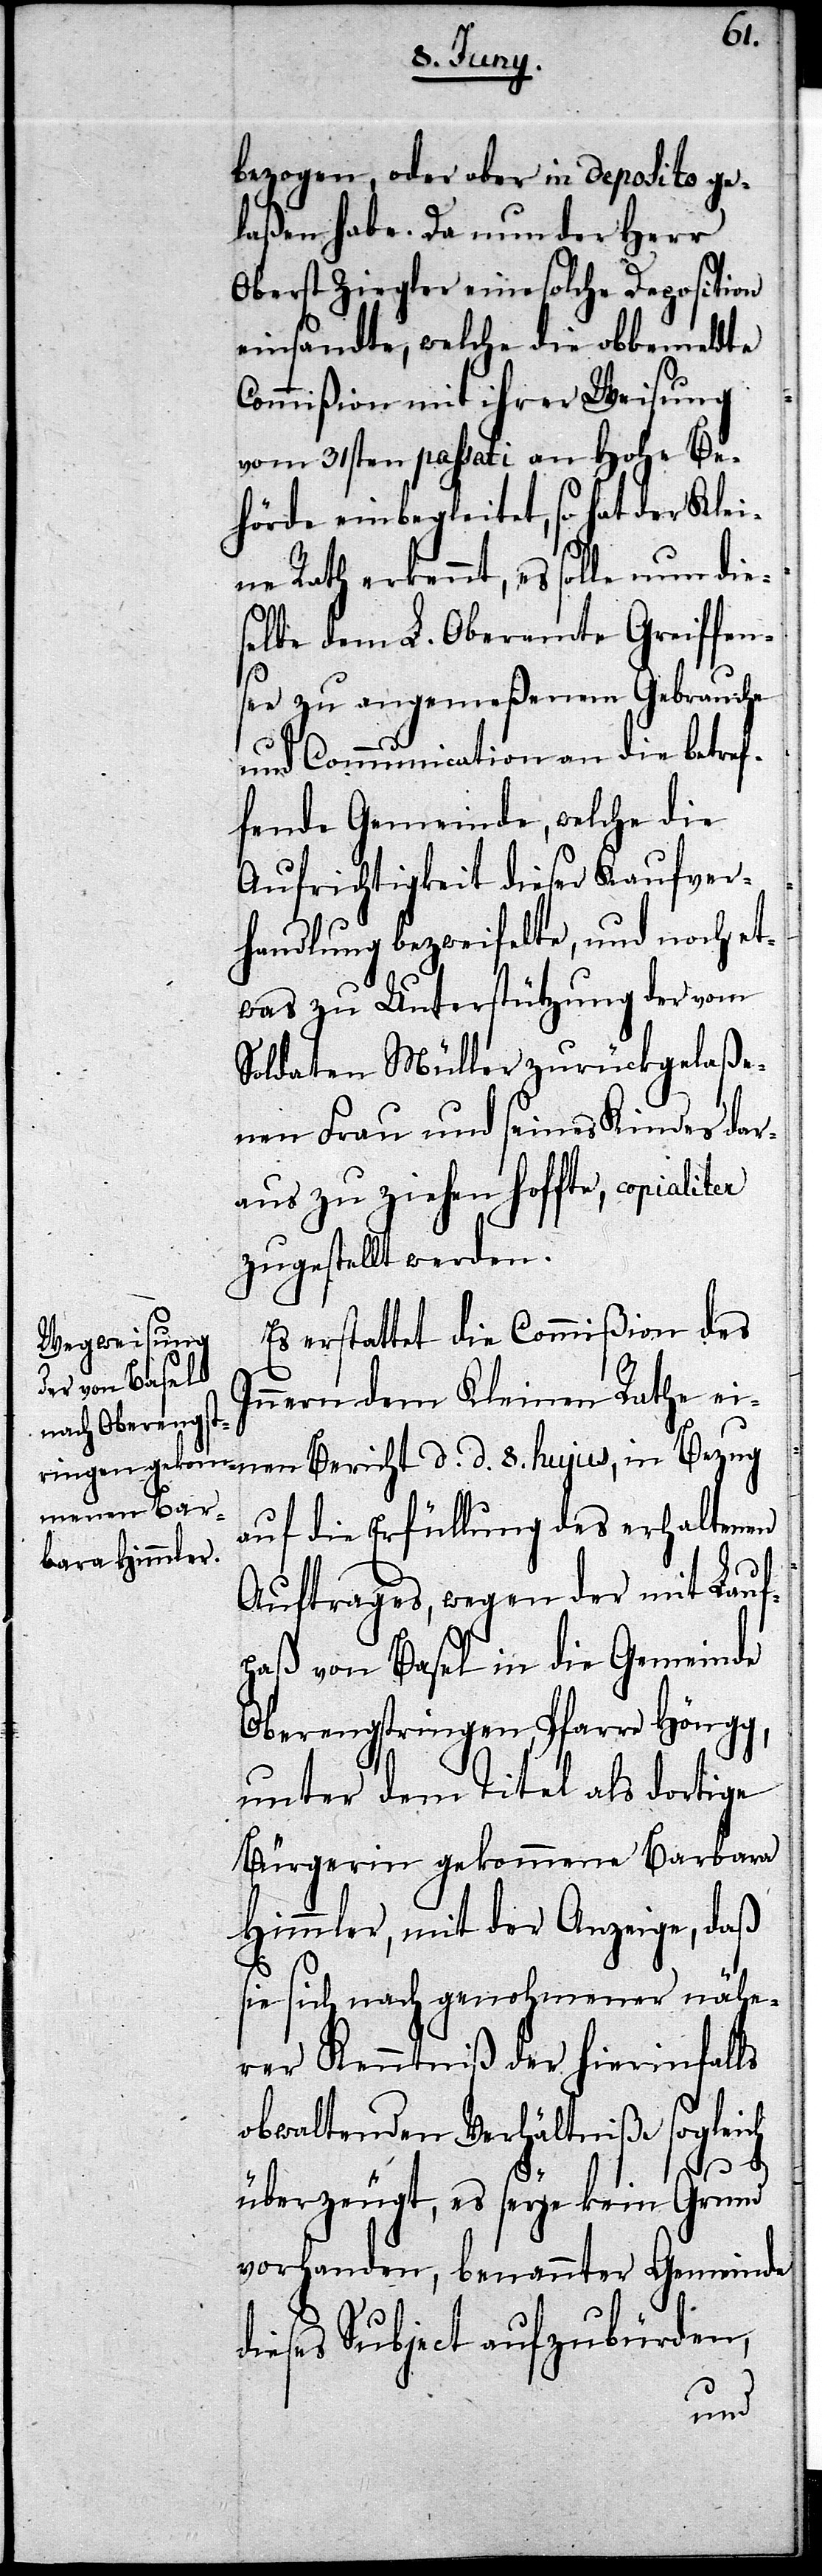
bezogen, oder aber in deposito ge¬
laßen habe. Da nun der Herr
Oberst Ziegler eine solche Deposition
einsandte, welche die obbemeldte
Commißion mit ihrer Weisung
vom 31sten passati an Hohe Be¬
hörde einbegleitet, so hat der Klei¬
ne Rath erkennt, es solle nun die¬
selbe dem L. Oberamte Greiffen¬
see zu angemeßenem Gebrauche
und Communication an die betref¬
fende Gemeinde, welche die
Aufrichtigkeit dieser Kaufver¬
handlung bezweifelte, und noch et¬
was zu Unterstützung der vom
Soldaten Müller zurückgelaße¬
nen Frau und seines Kindes dar¬
aus zu ziehen hoffte, copialiter
zugestellt werden.
Es erstattet die Commißion des
Innern dem Kleinen Rathe ei¬
nen
auf die Erfüllung des erhaltenen
Auftrages, wegen der mit Lauf¬
paß von Basel in die Gemeinde
Oberengstringen, Pfarre Höngg,
unter dem Titel als dortige
Bürgerin gekommene Barbara
Himmler, mit der Anzeige, daß
sie sich nach genohmener nähe¬
rer Kenntniß der hierinfalls
obwaltenden Verhältniße sogleich
d.
8.
überzeugt, es seye kein Grund
vorhanden, benannter Gemeinde
dieses Subject aufzubürden,